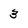
Character: 3